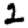
Digit: 2